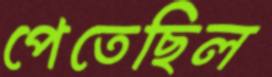
পেতেছিল